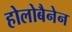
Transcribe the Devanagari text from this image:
होलोबैनेन